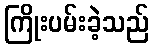
ကြိုးပမ်းခဲ့သည်